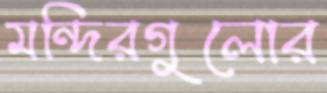
মন্দিরগুলোর